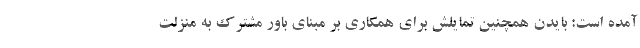
آمده است: بایدن همچنین تمایلش برای همکاری بر مبنای باور مشترک به منزلت